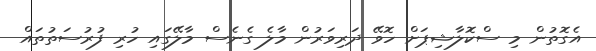
އެގޮތުން މި ސްކޮލާޝިޕަށް ހޮވޭ ދަރިވަރުން މާލެ ގެނެސް މާލޭގައި ހުރި ފުރުސަތުތައް